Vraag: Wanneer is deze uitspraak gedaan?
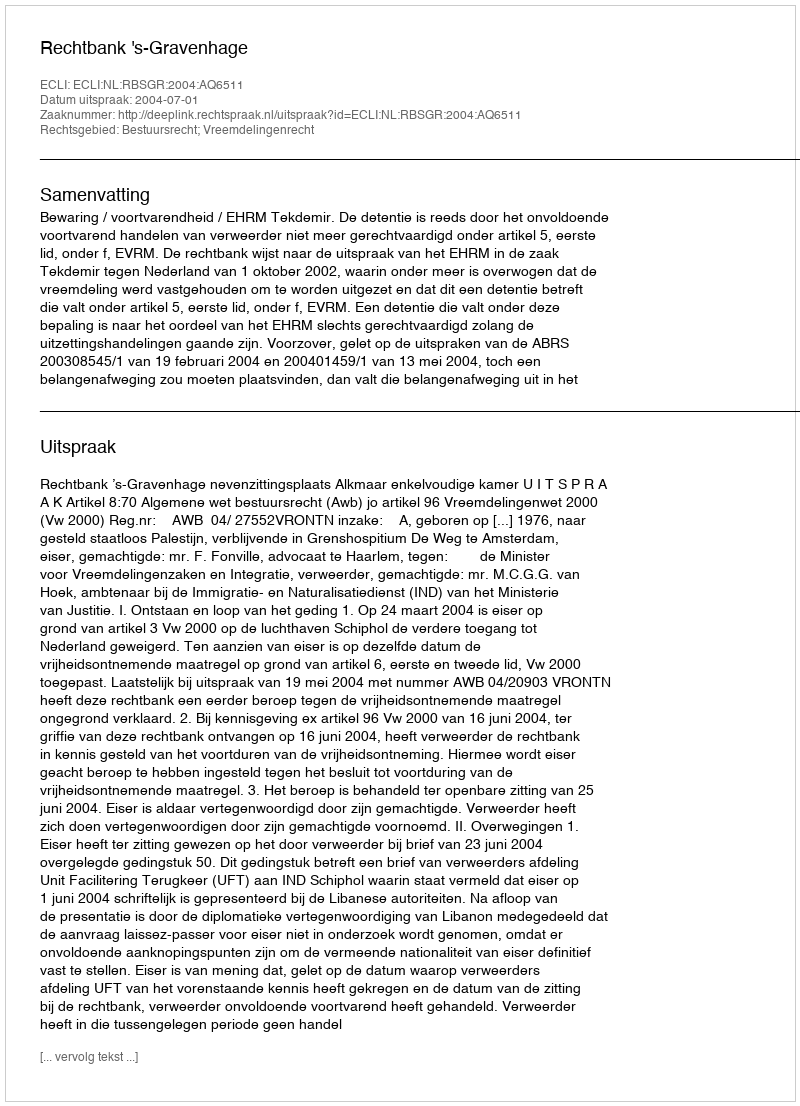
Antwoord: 2004-07-01